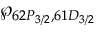
\wp _ { 6 2 P _ { 3 / 2 } , 6 1 D _ { 3 / 2 } }